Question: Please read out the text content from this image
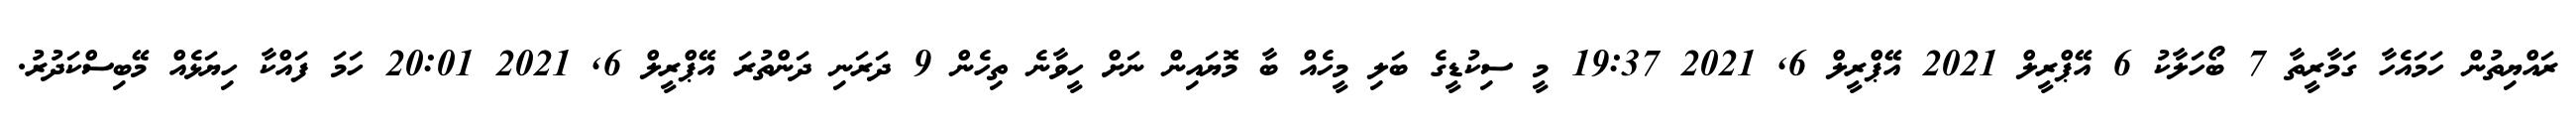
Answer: ރައްޔިތުން ހަމައެހާ ގަމާރީތާ 7 ބޯހަލާކު 6 އޭޕްރީލް 2021 އޭޕްރީލް 6, 2021 19:37 މީ ސިކުޑީގެ ބަލި މީހެއް ބާ މޮޔައިން ނަށް ހީވާނެ ތިހެން 9 ދަރަނި ދަންތުރަ އޭޕްރީލް 6, 2021 20:01 ހަމަ ފައްކާ ހިޔަޅެއް މޭބިސްކަދުރު.